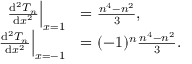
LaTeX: \begin{array} { r l } { \left. { \frac { \mathrm { d } ^ { 2 } T _ { n } } { \mathrm { d } x ^ { 2 } } } \right| _ { x = 1 } \! \! } & { { } = { \frac { n ^ { 4 } - n ^ { 2 } } { 3 } } , } \\ { \left. { \frac { \mathrm { d } ^ { 2 } T _ { n } } { \mathrm { d } x ^ { 2 } } } \right| _ { x = - 1 } \! \! } & { { } = ( - 1 ) ^ { n } { \frac { n ^ { 4 } - n ^ { 2 } } { 3 } } . } \end{array}